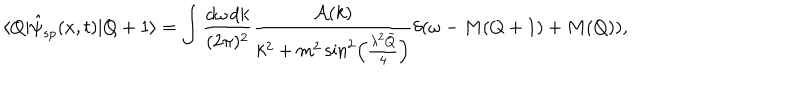
LaTeX: \langle Q | \hat { \psi } _ { s p } ( x , t ) | Q + 1 \rangle = \int \frac { d \omega \, d k } { ( 2 \pi ) ^ { 2 } } \frac { { \cal A } ( k ) } { k ^ { 2 } + m ^ { 2 } \sin ^ { 2 } \left( \frac { \lambda ^ { 2 } \bar { Q } } { 4 } \right) } \delta ( \omega - M ( Q + 1 ) + M ( Q ) ) ,